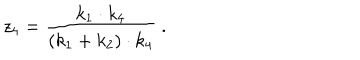
z _ { 4 } = \frac { k _ { 1 } \cdot k _ { 4 } } { ( k _ { 1 } + k _ { 2 } ) \cdot k _ { 4 } } \ .